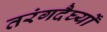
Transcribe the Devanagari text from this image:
तरंगदैर्घ्यों